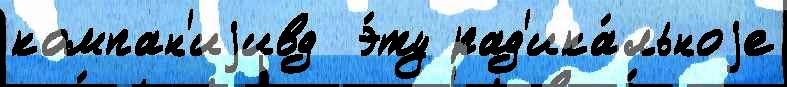
компан'иjивд  э́ту рад'ика́льноjе